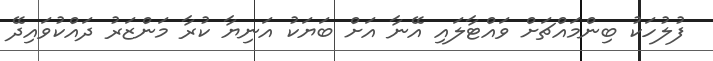
ފުލުހަކު ބިންމައްޗަށް ވައްޓާލައި އޭނާ އަށް ބަޔަކު އަނިޔާ ކުރާ މަންޒަރު ދައްކުވައިދޭ